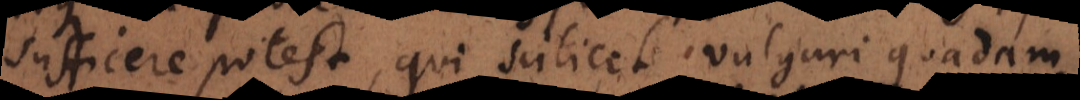
sufficere potest, qui scilicet vulgari quadam